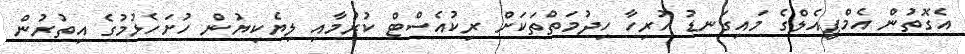
އެގޮތުން އެމްޕީއެލްގެ މައިގަނޑު ހުރިހާ ހިދުމަތްތަކަށް ރިކުއެސްޓް ކުރުމާއި ލިޔެކިޔުން ހުށަހެޅުމުގެ އިތުރުން